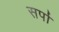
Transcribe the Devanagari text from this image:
सर्पा